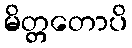
မိတ္တတောပိ